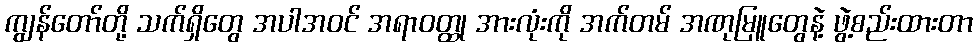
ကျွန်တော်တို့ သက်ရှိတွေ အပါအဝင် အရာဝတ္ထု အားလုံးကို အက်တမ် အဏုမြူတွေနဲ့ ဖွဲ့စည်းထားတာ